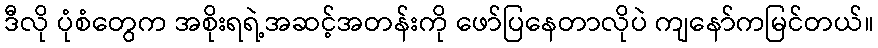
ဒီလို ပုံစံတွေက အစိုးရရဲ့အဆင့်အတန်းကို ဖော်ပြနေတာလိုပဲ ကျနော်ကမြင်တယ်။